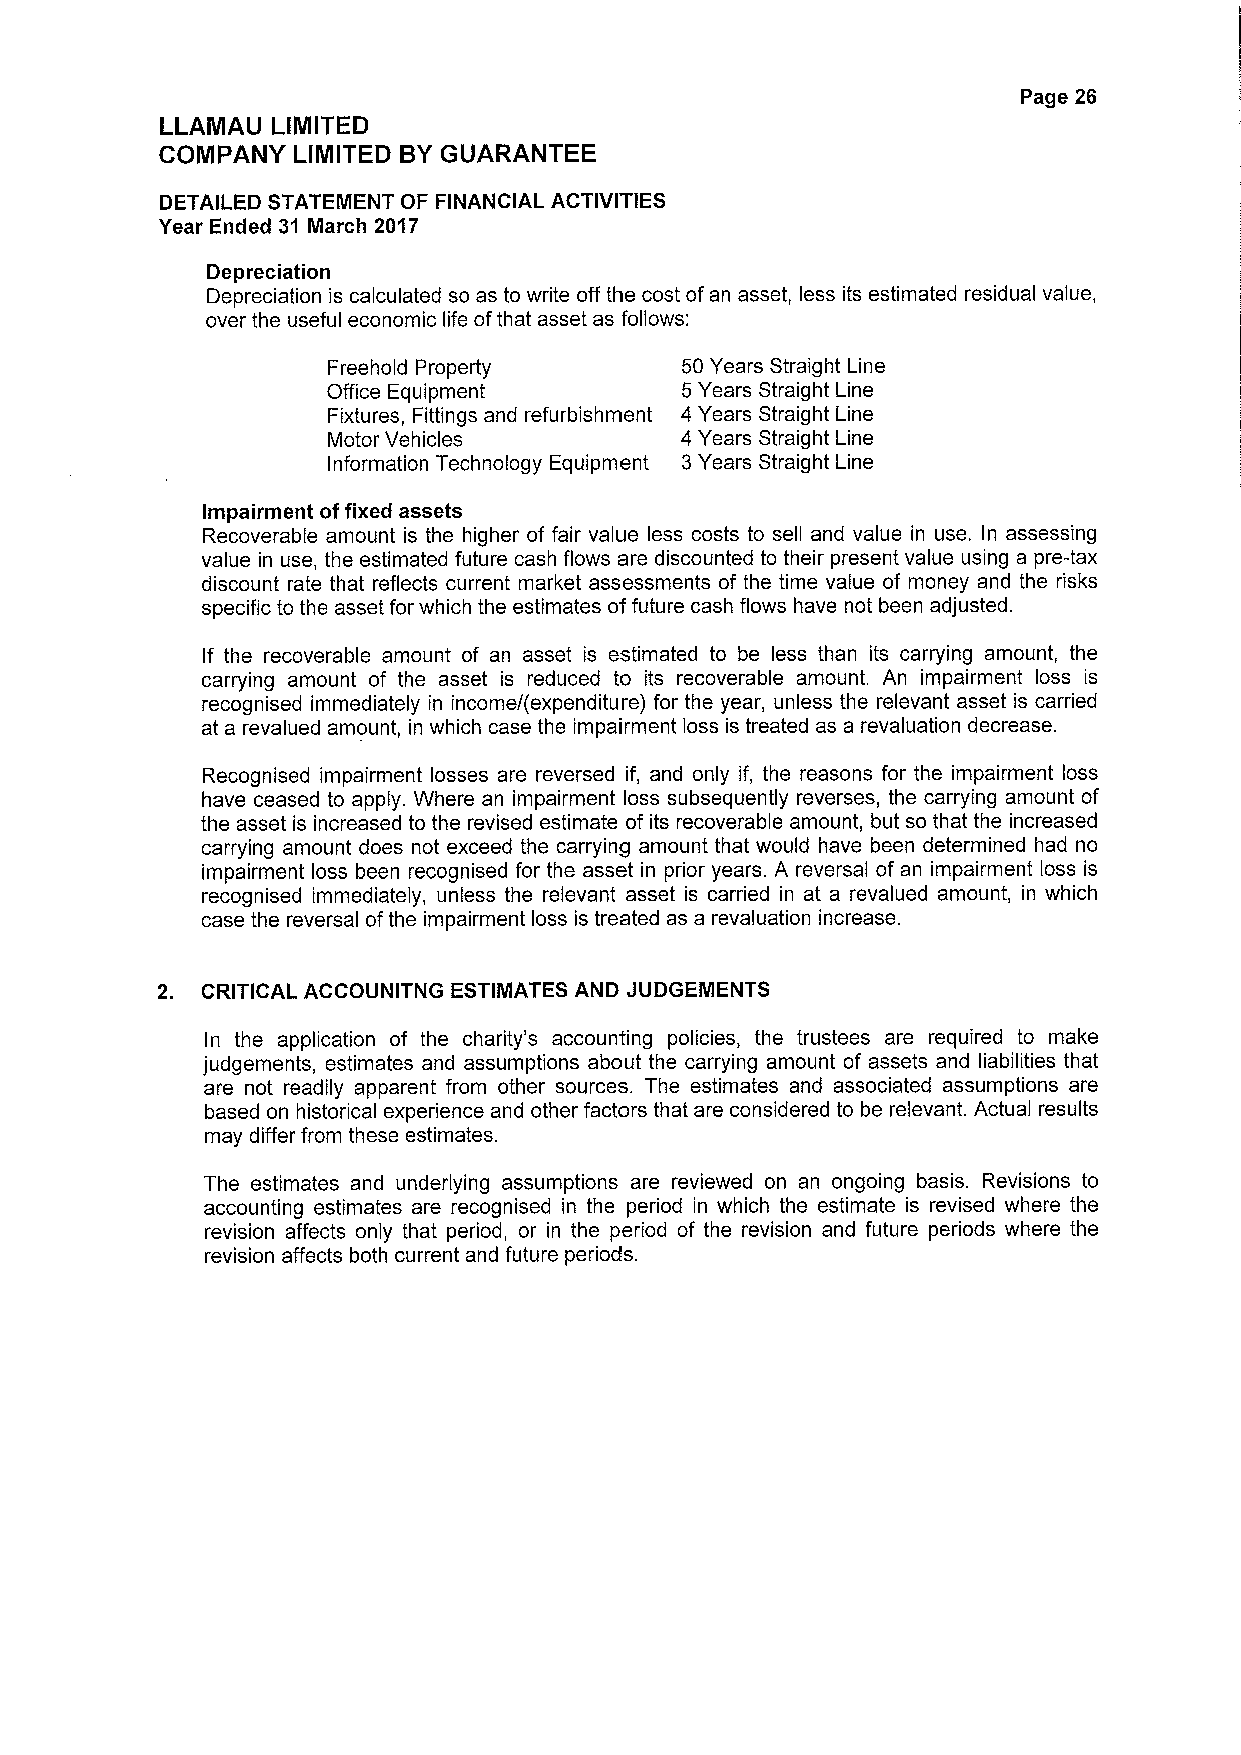
Page 26
 LLAMAU LIMITED
 COMPANY LIMITED BYGUARANTEE
 DETAILED STATEMENT OF FINANCIAL ACTIVITIES
 Year Ended 31 March 2017
 Depreciation
 Depreciation is calculated so as to write off the cost ofan asset, less its estimated residual value,
 over the useful economic life ofthat asset as follows:
 Freehold Property      50Years Straight Line
 Office Equipment       5Years Straight Line
 Fixtures, Fittings and refurbishment 4 Years Straight Line
 Motor Vehicles         4 Years Straight Line
 Information Technology Equipment 3Years Straight Line
 Impairment offixed assets
 Recoverable amount is the higher of fair value less costs to sell and value in use. In assessing
 value in use, the estimated future cash flows are discounted to their present value using a pre-tax
 discount rate that reflects current market assessments of the time value of money and the risks
 specific to the asset for which the estimates offuture cash flows have not been adjusted.
 If the recoverable amount of an asset is estimated to be less than its carrying amount, the
 carrying amount of the asset is reduced to its recoverable amount. An impairment loss is
 recognised immediately in income/(expenditure) for the year, unless the relevant asset is carried
 at a revalued amount, in which case the impairment loss is treated as a revaluation decrease.
 Recognised impairment losses are reversed if, and only if, the reasons for the impairment loss
 have ceased to apply. Where an impairment loss subsequently reverses, the carrying amount of
 the asset is increased to the revised estimate of its recoverable amount, but so that the increased
 carrying amount does not exceed the carrying amount that would have been determined had no
 impairment loss been recognised for the asset in prior years. A reversal of an impairment loss is
 recognised immediately, unless the relevant asset is carried in at a revalued amount, in which
 case the reversal ofthe impairment loss is treated as a revaluation increase.
 2. CRITICAL ACCOUNITNG ESTIMATES AND JUDGEMENTS
 In the application of the charity's accounting policies, the trustees are required to make
 judgements, estimates and assumptions about the carrying amount of assets and liabilities that
 are not readily apparent from other sources. The estimates and associated assumptions are
 based on historical experience and other factors that are considered to be relevant. Actual results
 may differ from these estimates.
 The estimates and underlying assumptions are reviewed on an ongoing basis. Revisions to
 accounting estimates are recognised in the period in which the estimate is revised where the
 revision affects only that period, or in the period of the revision and future periods where the
 revision affects both current and future periods.